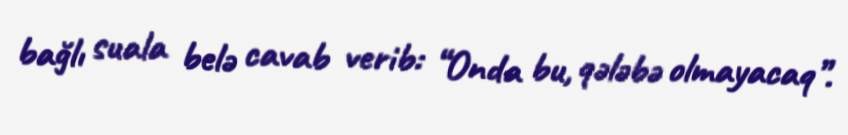
bağlı suala belə cavab verib: “Onda bu, qələbə olmayacaq”.